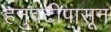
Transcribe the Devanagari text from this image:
हनुवटीपासून